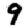
Digit: 9